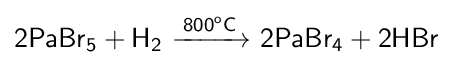
{\mathsf {2PaBr_{5}+H_{2}\ {\xrightarrow {800^{o}C}}\ 2PaBr_{4}+2HBr}}